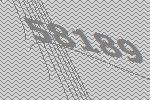
58189